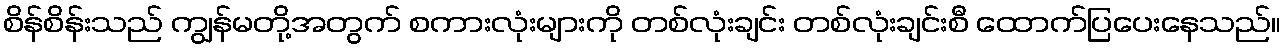
စိန်စိန်းသည် ကျွန်မတို့အတွက် စကားလုံးများကို တစ်လုံးချင်း တစ်လုံးချင်းစီ ထောက်ပြပေးနေသည်။